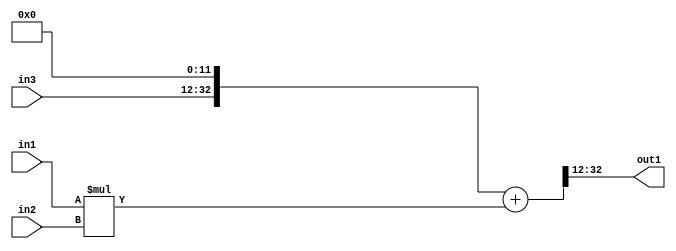
`timescale 1ps / 1ps
/*****************************************************************************
    Verilog RTL Description
    
    
    Created by: Stratus DpOpt 21.05.01 
*******************************************************************************/

module SobelFilter_R32_12Add2Mul2u24u24CatiLLu21_4 (
	in3,
	in2,
	in1,
	out1
	); /* architecture "behavioural" */ 
input [20:0] in3;
input [23:0] in2,
	in1;
output [20:0] out1;
wire [32:0] asc003,
	asc004;

assign asc004 = {in3,12'B000000000000};

wire [32:0] asc003_tmp_0;
assign asc003_tmp_0 = 
	+(asc004);
assign asc003 = asc003_tmp_0
	+(in1 * in2);

assign out1 = asc003[32:12];
endmodule

/* CADENCE  uLnxTQs= : u9/ySxbfrwZIxEzHVQQV8Q== ** DO NOT EDIT THIS LINE ******/